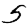
Digit: 5